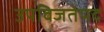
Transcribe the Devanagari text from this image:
उपविजतेपद